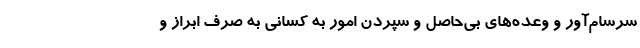
سرسام‌آور و وعده‌های بی‌حاصل و سپردن امور به کسانی به صرف ابراز و